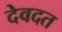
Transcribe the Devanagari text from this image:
देवदत